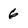
Character: 6